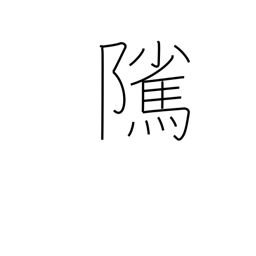
Meaning: stallion